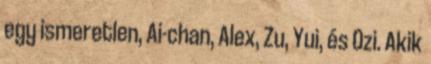
egy ismeretlen, Ai-chan, Alex, Zu, Yui, és Ozi. Akik